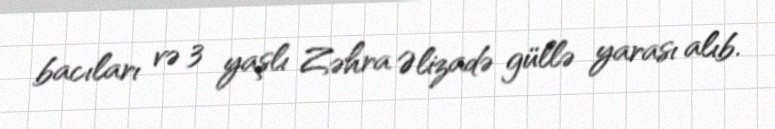
bacıları və 3 yaşlı Zəhra Əlizadə güllə yarası alıb.